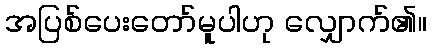
အပြစ်ပေးတော်မူပါဟု လျှောက်၏။